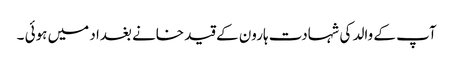
آپ کے والد کی شہادت ہارون کے قید خانے بغداد میں ہوئی ۔